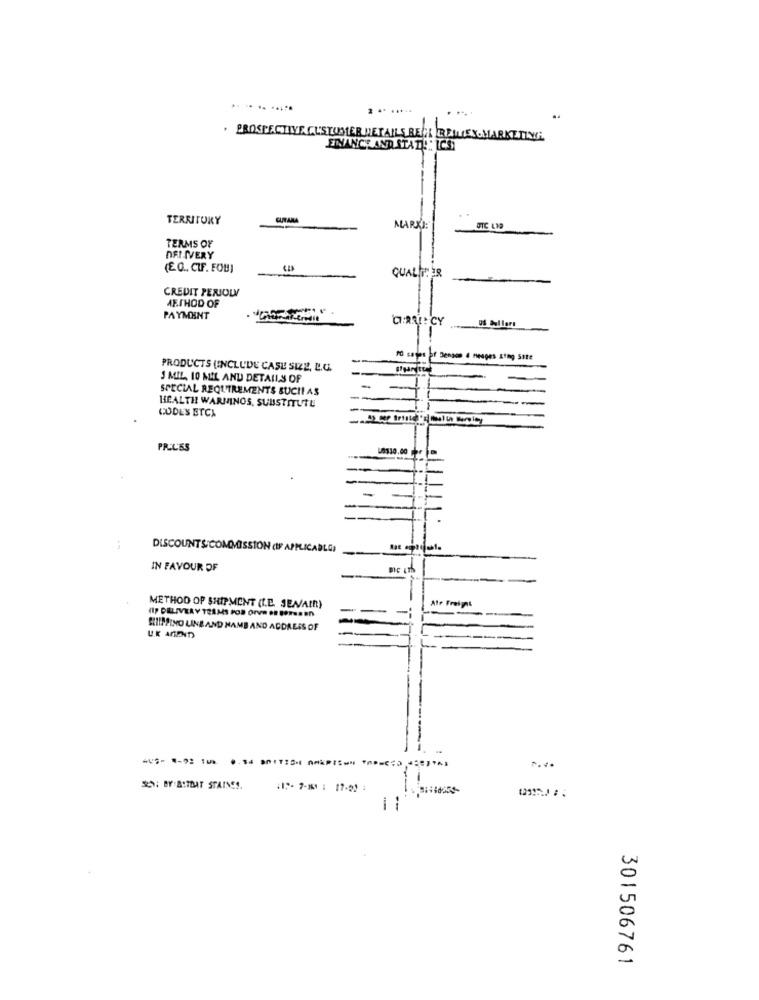
..... .. .....
2 .* **** 4
. PROSPECTIVE CUSTOMER DETAILS BECK REALES&MARKETING
EINANCE AND STATE! : ICS
TERRITORY
CUTAMA
MARKI:'
TERMS OF
NEI IVERY
(EQ ., CIF. FOU]
QUALIT: ER
CREDIT PERIOLY
AF.SHOD OF
PAYMENT
cages of Densos 4 meages Atmg Site
PRODUCTS (INCLUDE CASE SIZE, L.U.
J MIL, 10 MIL AND DETAILS OF
SPECIAL REQUIREMENTS SUCH AS
HEALTH WARMINOS, SUBSTITUTE
CODES ETCA
PRICES
:
DISCOUNTS/COMMISSION (IF APPLICABLE)
IN FAVOUR OF
Air Freight
METHOD OF SHIPMENT (I.E. SEN/AIR)
-
SIINSINO LINE AND NAME AND ADDRESS OF
UK ANEND
-
SS: BY:A:THAT STAINES.
-
--
301506761